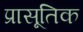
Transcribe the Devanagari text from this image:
प्रासूतिक